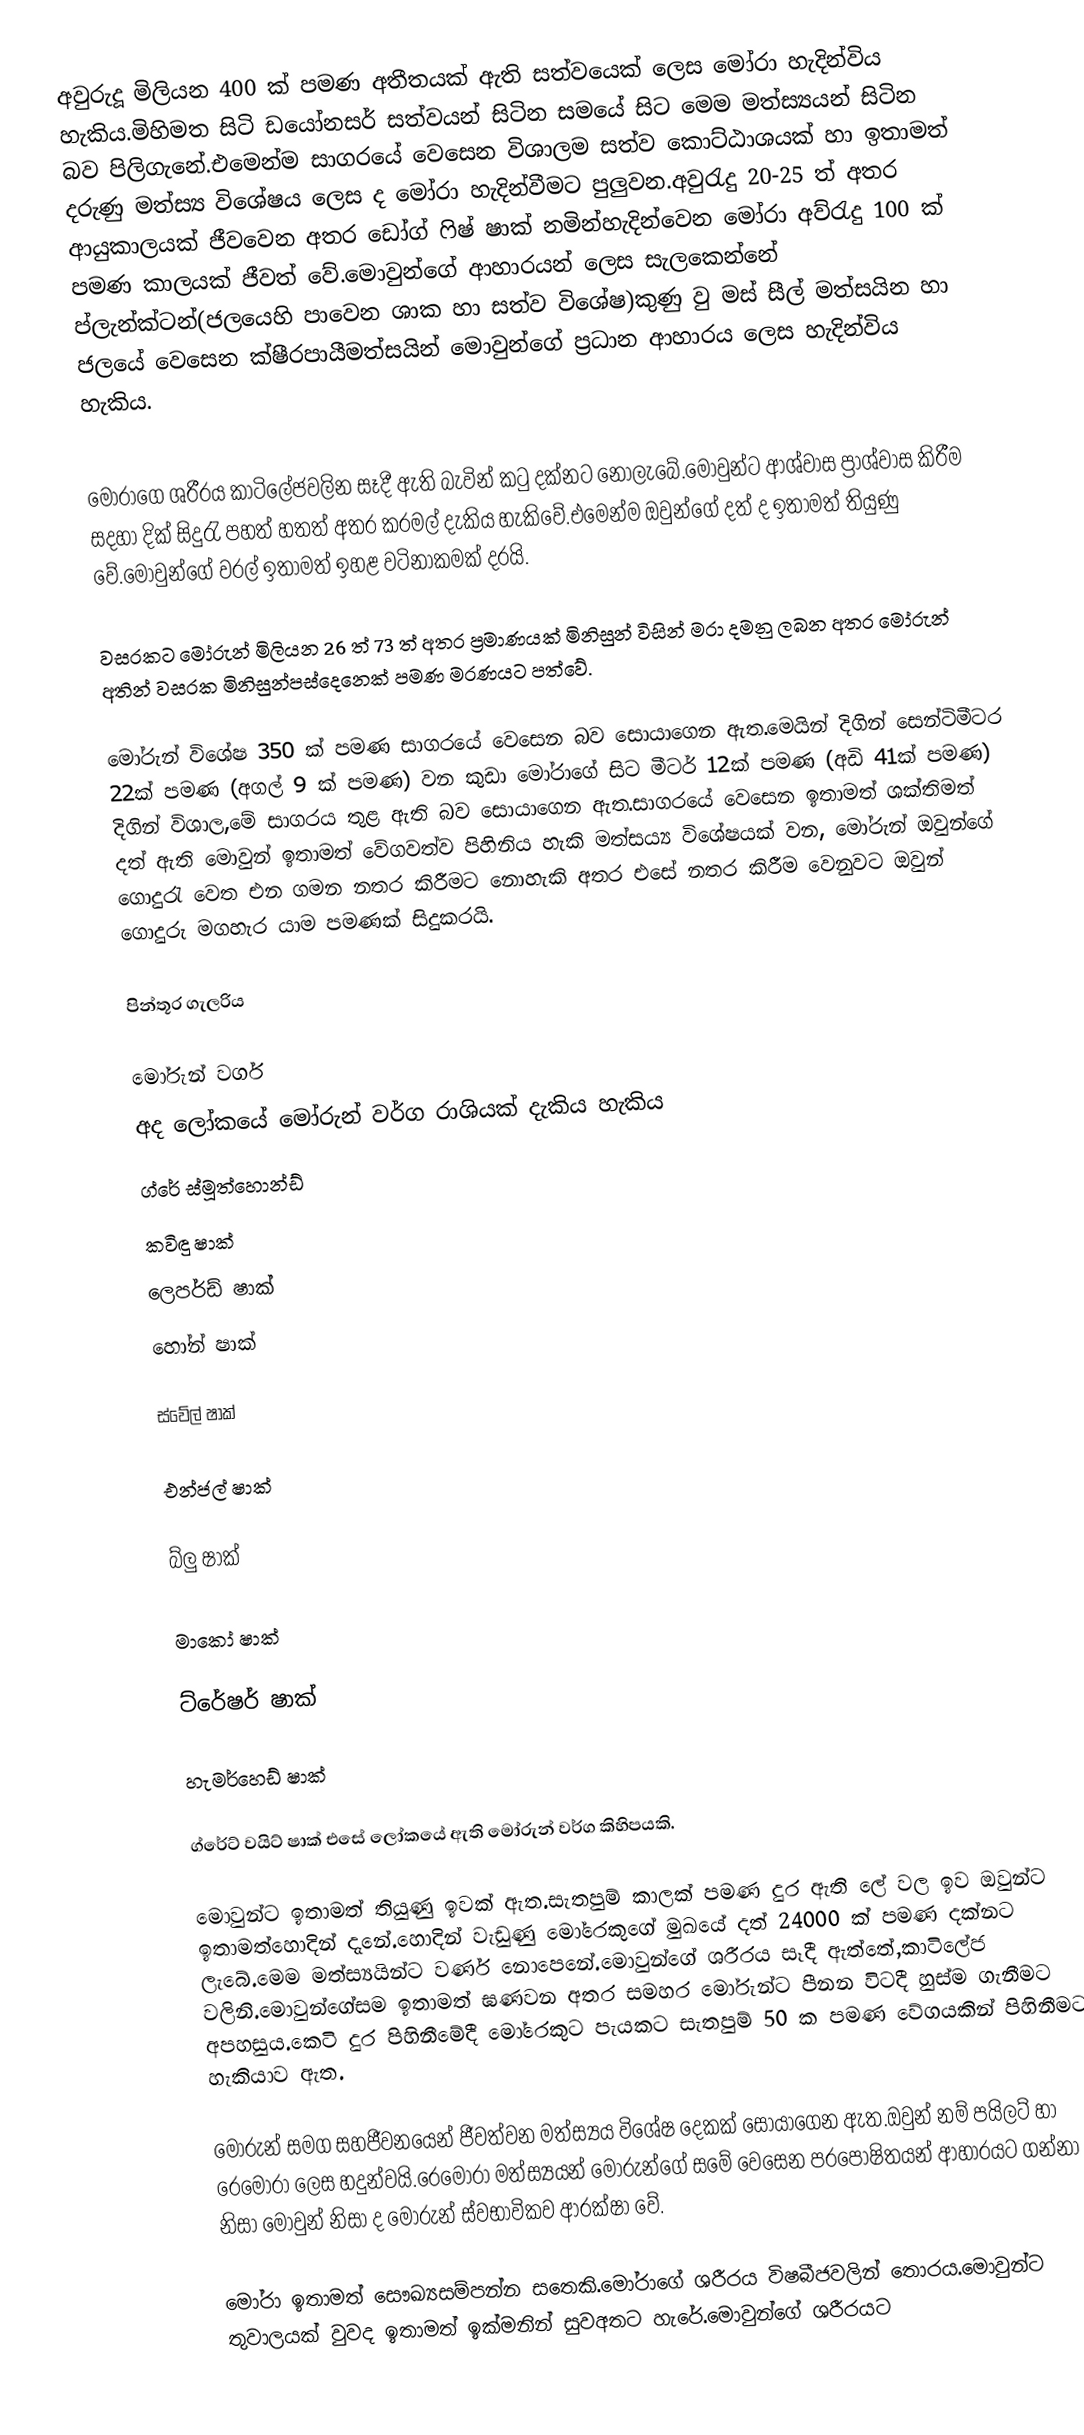
අවුරුදූ මිලියන 400 ක් පමණ අතීතයක් ඇති සත්වයෙක් ලෙස මෝරා හැදින්විය හැකිය.මිහිමත සිටි ඩයෝනසර් සත්වයන් සිටින සමයෙ‍් සිට මෙම මත්ස්‍යයන් සිටින බව පිලිගැනේ.එමෙන්ම සාගරයේ වෙසෙන විශාලම සත්ව කොට්ඨාශයක් හා ඉතාමත් දරුණු මත්ස්‍ය විශේෂය ලෙස ද මෝරා හැදින්වීමට පුලුවන.අවුරැදු 20-25 ත් අතර ආයුකාලයක් ජීවවෙන අතර ඩෝග් ෆිෂ් ෂාක් නමින්හැදින්වෙන මෝරා අව්රැදු 100 ක් පමණ කාලයක් ජීවත් වේ.මොවුන්ගේ ආහාරයන් ලෙස සැලකෙන්නේ ප්ලැන්ක්ටන්(ජලයෙහි පාවෙන ශාක හා සත්ව විශේෂ)කුණු වු මස් සීල් මත්සයින හා ජලයේ වෙසෙන ක්ෂීරපායීමත්සයින් මොවුන්ගේ ප්‍රධාන ආහාරය ලෙස හැදින්විය හැකිය.

මෝරා‍ගෙ‍් ශරීරය කාටිලේජවලින‍් සෑදී ඇති බැවින් කටු දක්නට නොලැබේ.මොවුන්ට ආශ්වාස ප්‍රාශ්වාස කිරීම සදහා දික් සිදුරැ පහත් හතත් අතර කරමල් දැකිය හැකිවේ.එමෙන්ම ඔවුන්ගේ දත් ද ඉතාමත් තියුණු වේ.මොවුන්ගේ වරල් ඉතාමත් ඉහළ වටිනාකමක් දරයි.

වසරකට මෝරුන් මිලියන 26 ත් 73 ත් අතර ප්‍රමාණයක් මිනිසුන් විසින් මරා දමනු ලබන අතර මෝරුන් අතින් වසරක මිනිසුන්පස්දෙනෙක් පමණ මරණයට පත්වේ.

මෝරුන් විශේෂ 350 ක් පමණ සාගරයේ වෙසෙන බව සොයාගෙන ඇත.මෙයින් දිගින් සෙන්ටිමීටර 22ක් පමණ (අගල් 9 ක් පමණ) වන කුඩා මෝරාගේ සිට මීටර් 12ක් පමණ (අඩි 41ක් පමණ) දිගින් විශාල,මේ සාගරය තුළ ඇති බව සොයාගෙන ඇත.සාගරයේ වෙසෙන ඉතාමත් ශක්තිමත් දත් ඇති මොවුන් ඉතාමත් වේගවත්ව පිහිනිය හැකි මත්සය්‍ය විශේෂයක් වන, මෝරුන් ඔවුන්ගේ ගොදුරැ වෙත එන ගමන නතර කිරීමට නොහැකි අතර එසේ නතර කිරීම වෙනුවට ඔවුන් ගොදුරු මගහැර යාම පමණක් සිදුකරයි.

පින්තූර ගැලරිය

මෝරුන් වර්ග
අද ලෝකයේ මෝරුන් වර්ග රාශියක් දැකිය හැකිය
 ග්රේ ස්මූත්හොන්ඩ්
 කවිඳු ෂාක්
 ලෙපර්ඩ් ෂාක්
 හෝන් ෂාක්

 ස්වේල් ෂාක්

 එන්ජල් ෂාක්

 බ්ලු ෂාක්

 මාකෝ ෂාක්

 ට්රේෂර් ෂාක්

 හැමර්හෙඩ් ෂාක්

 ග්රේට් වයිට් ෂාක් එසේ ලෝකයේ ඇති මෝරුන් වර්ග කිහිපයකි.

මොවුන්ට ඉතාමත් තියුණු ඉවක් ඇත.සැතපුම් කාලක් පමණ දුර ඇති ලේ වල ඉව ඔවුන්ට ඉතාමත්හොදින් දැනේ.හොදින් වැඩුණු මෝරෙකුගේ මුඛයේ දත් 24000 ක් පමණ දක්නට ලැබේ.මෙම මත්ස්‍යයින්ට වර්ණ නොපෙනේ.මොවුන්ගේ ශරීරය සෑදී ඇත්තේ,කාටිලේජ වලිනි.මොවුන්ගේසම ඉතාමත් ඝණවන අතර සමහර මෝරුන්ට පීනන විටදී හුස්ම ගැනීමට අපහසුය.කෙටි දුර පිහිනීමේදී මෝරෙකුට පැයකට සැතපුම් 50 ක පමණ වේගයකින් පිහිනීමට හැකියාව ඇත.

මෝරුන් සමග සහජීවනයෙන් ජීවත්වන මත්ස්‍යය විශේෂ දෙකක් සොයාගෙන ඇත.ඔවුන් නම් පයිලට් හා රෙමෝරා ලෙස හදුන්වයි.රෙමෝරා මත්ස්‍යයන් මෝරුන්ගේ සමේ වෙසෙන පරපෝෂිතයන් ආහාරයට ගන්නා නිසා මොවුන් නිසා ද මෝරුන් ස්වභාවිකව ආරක්ෂා වේ.

මෝරා ඉතාමත් සෞඛ්‍යසම්පන්න සතෙකි.මෝරාගේ ශරීරය විෂබීජවලින් තොරය.මොවුන්ට තුවාලයක් වුවද ඉතාමත් ඉක්මනින් සුවඅතට හැරේ.මොවුන්ගේ ශරීරයට